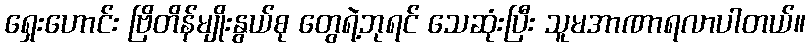
ရှေးဟောင်း ဗြိတိန်မျိုးနွယ်စု တွေရဲ့ဘုရင် သေဆုံးပြီး သူမအာဏာရလာပါတယ်။